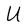
Character: U